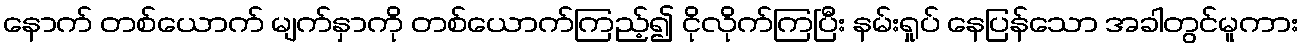
နောက် တစ်ယောက် မျက်နှာကို တစ်ယောက်ကြည့်၍ ငိုလိုက်ကြပြီး နမ်းရှုပ် နေပြန်သော အခါတွင်မူကား